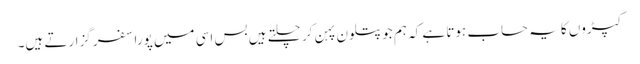
کپڑوں کا یہ حساب ہوتا ہے کہ ہم جو پتلون پہن کر چلتے ہیں بس اسی میں پورا سفر گزارتے ہیں۔